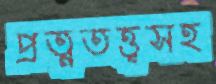
প্রত্নতত্ত্বসহ